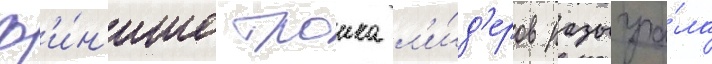
ф'и́н'ише троика л'и́д'еров разыгра́ла